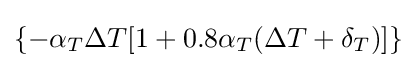
\{-\alpha _{T}\Delta T[1+0.8\alpha _{T}(\Delta T+\delta _{T})]\}